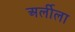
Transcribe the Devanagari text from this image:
अर्लीला